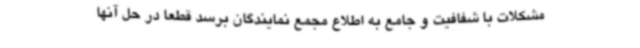
مشکلات با شفافیت و جامع به اطلاع مجمع نمایندگان برسد قطعا در حل آنها